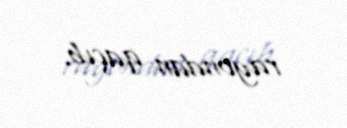
rayondan qaçıb.